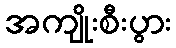
အကျိုးစီးပွား